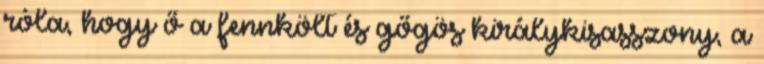
róla, hogy ő a fennkölt és gőgös királykisasszony, a